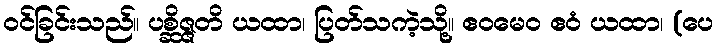
ဝင်ခြင်းသည်။ ပစ္ဆိဇ္ဇတိ ယထာ၊ ပြတ်သကဲ့သို့။ ဧဝမေဝ ဧဝံ ယထာ၊ (ပေ